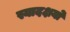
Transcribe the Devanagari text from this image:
स्यादक्षयो